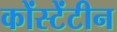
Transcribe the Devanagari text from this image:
कोंस्टेंटीन